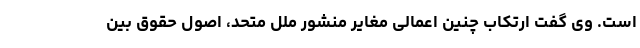
است. وی گفت ارتکاب چنین اعمالی مغایر منشور ملل متحد، اصول حقوق بین